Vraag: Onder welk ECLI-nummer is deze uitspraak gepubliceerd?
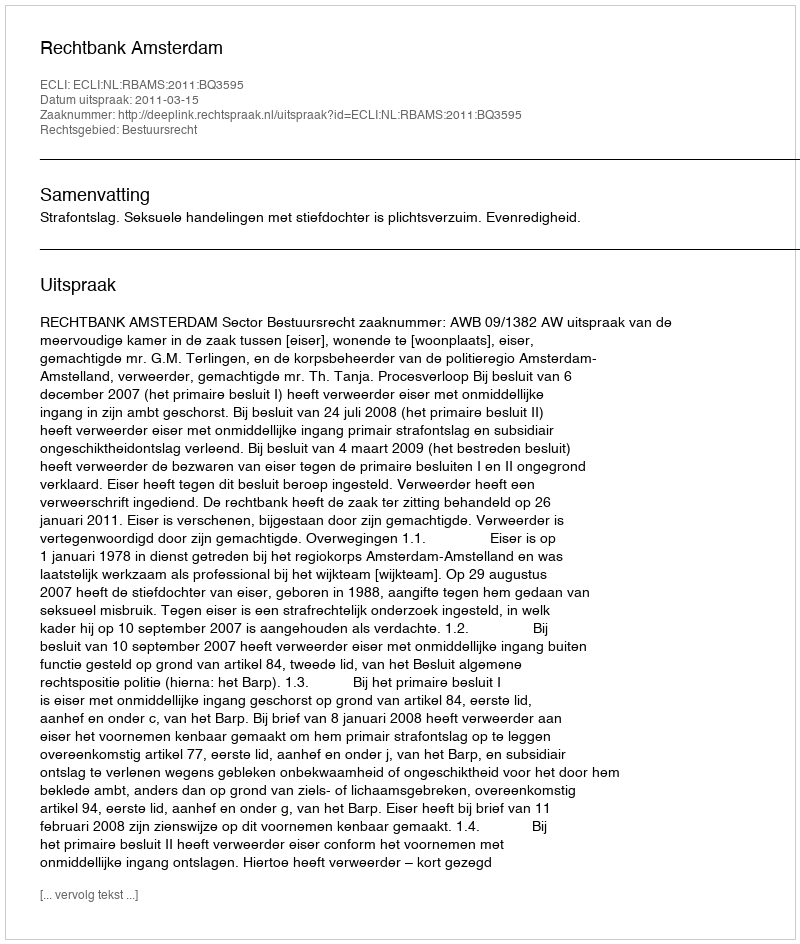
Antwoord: ECLI:NL:RBAMS:2011:BQ3595